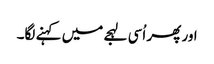
اور پھر اُسی لہجے میں کہنے لگا۔